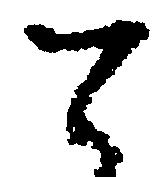
て